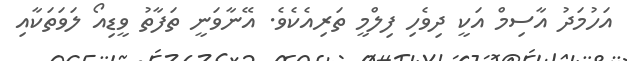
އަހުމަދު އާސިމް އަކީ ދިވެހި ފިލްމީ ތަރިއެކެވެ. އޭނާވަނީ ތަފާތު ވީޑިއޯ ލަވަތަކާއި